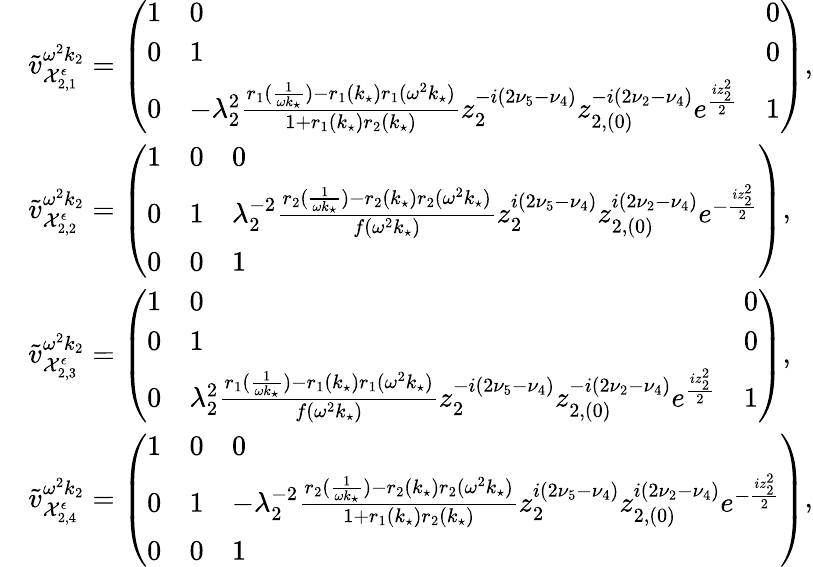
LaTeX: \begin{array}{rl}&{\tilde{v}_{\mathcal{X}_{2,1}^{\epsilon}}^{\omega^{2}k_{2}}=\left(\begin{array}{lll}{1}&{0}&{0}\\ {0}&{1}&{0}\\ {0}&{-\lambda_{2}^{2}\frac{r_{1}(\frac{1}{\omega k_{\star}})-r_{1}(k_{\star})r_{1}(\omega^{2}k_{\star})}{1+r_{1}(k_{\star})r_{2}(k_{\star})}z_{2}^{-i(2\nu_{5}-\nu_{4})}z_{2,(0)}^{-i(2\nu_{2}-\nu_{4})}e^{\frac{iz_{2}^{2}}{2}}}&{1}\end{array}\right),}\\ &{\tilde{v}_{\mathcal{X}_{2,2}^{\epsilon}}^{\omega^{2}k_{2}}=\left(\begin{array}{lll}{1}&{0}&{0}\\ {0}&{1}&{\lambda_{2}^{-2}\frac{r_{2}(\frac{1}{\omega k_{\star}})-r_{2}(k_{\star})r_{2}(\omega^{2}k_{\star})}{f(\omega^{2}k_{\star})}z_{2}^{i(2\nu_{5}-\nu_{4})}z_{2,(0)}^{i(2\nu_{2}-\nu_{4})}e^{-\frac{iz_{2}^{2}}{2}}}\\ {0}&{0}&{1}\end{array}\right),}\\ &{\tilde{v}_{\mathcal{X}_{2,3}^{\epsilon}}^{\omega^{2}k_{2}}=\left(\begin{array}{lll}{1}&{0}&{0}\\ {0}&{1}&{0}\\ {0}&{\lambda_{2}^{2}\frac{r_{1}(\frac{1}{\omega k_{\star}})-r_{1}(k_{\star})r_{1}(\omega^{2}k_{\star})}{f(\omega^{2}k_{\star})}z_{2}^{-i(2\nu_{5}-\nu_{4})}z_{2,(0)}^{-i(2\nu_{2}-\nu_{4})}e^{\frac{iz_{2}^{2}}{2}}}&{1}\end{array}\right),}\\ &{\tilde{v}_{\mathcal{X}_{2,4}^{\epsilon}}^{\omega^{2}k_{2}}=\left(\begin{array}{lll}{1}&{0}&{0}\\ {0}&{1}&{-\lambda_{2}^{-2}\frac{r_{2}(\frac{1}{\omega k_{\star}})-r_{2}(k_{\star})r_{2}(\omega^{2}k_{\star})}{1+r_{1}(k_{\star})r_{2}(k_{\star})}z_{2}^{i(2\nu_{5}-\nu_{4})}z_{2,(0)}^{i(2\nu_{2}-\nu_{4})}e^{-\frac{iz_{2}^{2}}{2}}}\\ {0}&{0}&{1}\end{array}\right),}\end{array}